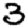
Digit: 3